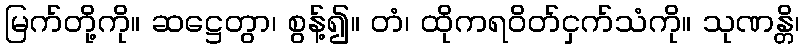
မြက်တို့ကို။ ဆဋ္ဌေတွာ၊ စွန့်၍။ တံ၊ ထိုကရဝိတ်ငှက်သံကို။ သုဏန္တိ၊